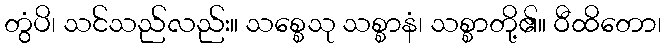
တွံပိ၊ သင်သည်လည်း။ သစ္စေသု သစ္စာနံ၊ သစ္စာတို့၏။ ဝီထိတော၊